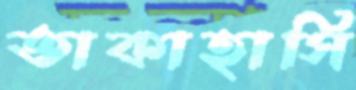
তাকাহাসি